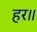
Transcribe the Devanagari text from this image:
हर॥